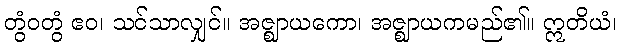
တွံဝတွံ ဧဝ၊ သင်သာလျှင်။ အဇ္ဈာယကော၊ အဇ္ဈာယကမည်၏။ ဣတိယံ၊